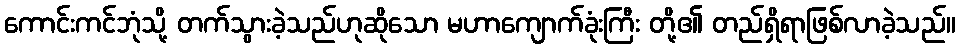
ကောင်းကင်ဘုံသို့ တက်သွားခဲ့သည်ဟုဆိုသော မဟာကျောက်ခုံးကြီး တို့၏ တည်ရှိရာဖြစ်လာခဲ့သည်။